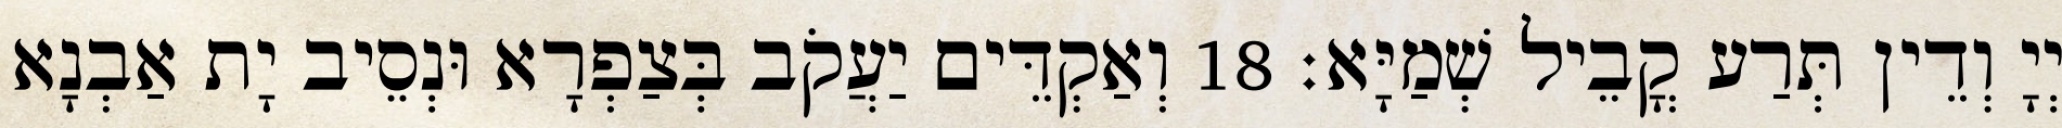
יְיָ וְדֵין תְּרַע קֳבֵיל שְׁמַיָּא׃ 18 וְאַקְדֵּים יַעֲקֹב בְּצַפְרָא וּנְסֵיב יָת אַבְנָא